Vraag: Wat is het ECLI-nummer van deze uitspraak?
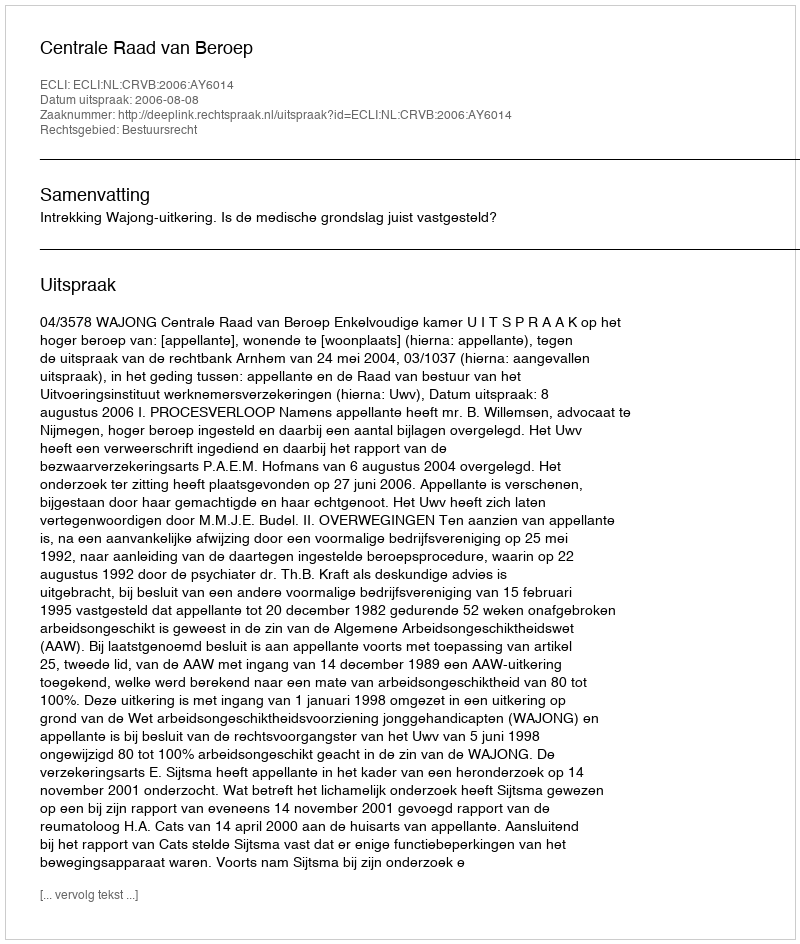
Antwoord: ECLI:NL:CRVB:2006:AY6014